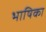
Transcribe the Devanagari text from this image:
भाषिका